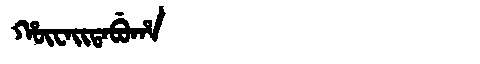
Manchu: ᡥᡡᠸᠠᡳᡨᠠᠪᡠᡥᠠ
Romanization: HŪWAITABUHA